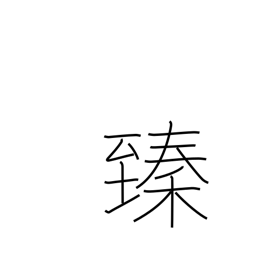
Meaning: reach